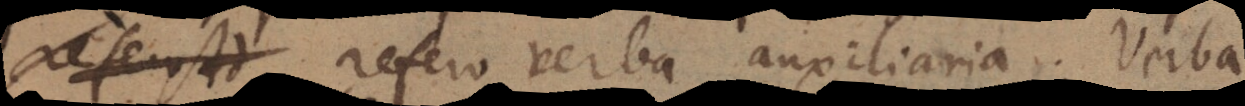
as refero verba auxiliaria. Verba